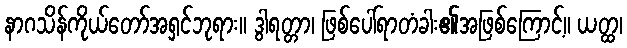
နာဂသိန်ကိုယ်တော်အရှင်ဘုရား။ ဒွါရတ္တာ၊ ဖြစ်ပေါ်ရာတံခါး၏အဖြစ်ကြောင့်။ ယတ္ထ၊